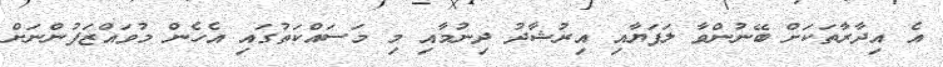
އެ އިދާރާތަކަށް ބޭނުންވާ ލަފަޔާއި އިރުޝާދު ދިނުމާއި މި މަސައްކަތުގައި އެހެން މުވައްޒަފުންނަށް